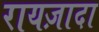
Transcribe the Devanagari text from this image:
रायज़ादा